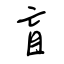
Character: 盲